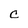
Character: C